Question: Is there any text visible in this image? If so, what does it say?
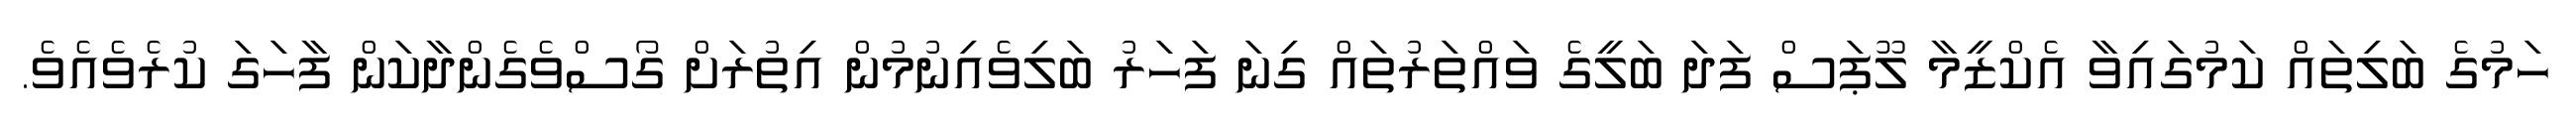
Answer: ހަމުގެ ބަލިތައް ކަމުގައިވާ އެކްޒީމާ ލޫޕަސް ފަދަ ބަލީގެ ވައްތަރުތައް ގިނަ ފަހަރު ބަލިވެއިނުމުން އިތުރަށް ގޯސްވެގެންދާކަން ފާހަގަ ކުރެވެއެވެ.